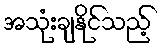
အသုံးချနိုင်သည့်